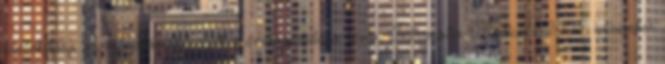
kialakítása az információforrások összekapcsolása révén. Informatio Medicata 2005. november